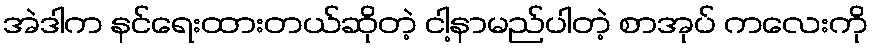
အဲဒါက နင်ရေးထားတယ်ဆိုတဲ့ ငါ့နာမည်ပါတဲ့ စာအုပ် ကလေးကို